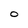
Character: O